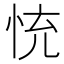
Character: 㤝